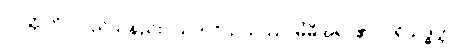
ပဝတ္တတိ၊ လည်သနည်း။ သကဝိသယဿ၊ မိမိအရာ၏။ ပရိသုဒ္ဓတ္တာ၊